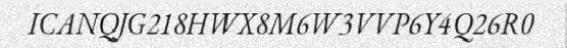
ICANQJG218HWX8M6W3VVP6Y4Q26R0